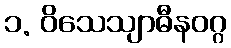
၁. ဝိသေသျာဓီနဝဂ္ဂ